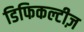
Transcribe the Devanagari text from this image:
डिफिकल्टीज़